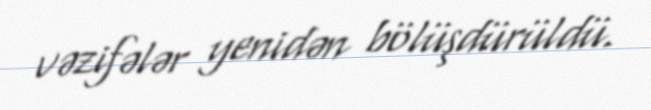
vəzifələr yenidən bölüşdürüldü.